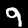
Label: 9